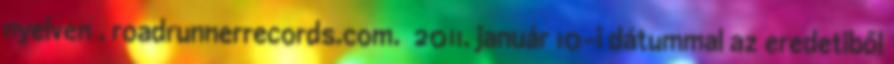
nyelven . roadrunnerrecords.com. 2011. január 10-i dátummal az eredetiből